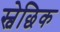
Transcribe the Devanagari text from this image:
स्वेछिक